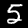
Label: 5